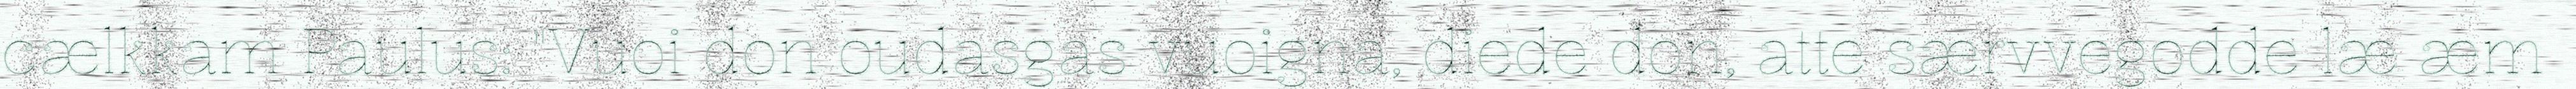
cælkkam Paulus: "Vuoi don oudasgas vuoigna, diede don, atte særvvegodde læ æm